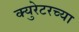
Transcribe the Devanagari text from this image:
क्युरेटरच्या